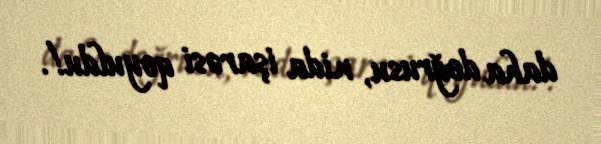
daha doğrusu, nida işarəsi qoyuldu!.